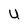
Character: U